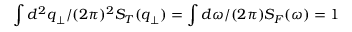
\int d ^ { 2 } { \boldsymbol { q } } _ { \perp } / ( 2 \pi ) ^ { 2 } S _ { T } ( { \boldsymbol { q } } _ { \perp } ) = \int d \omega / ( 2 \pi ) S _ { F } ( \omega ) = 1